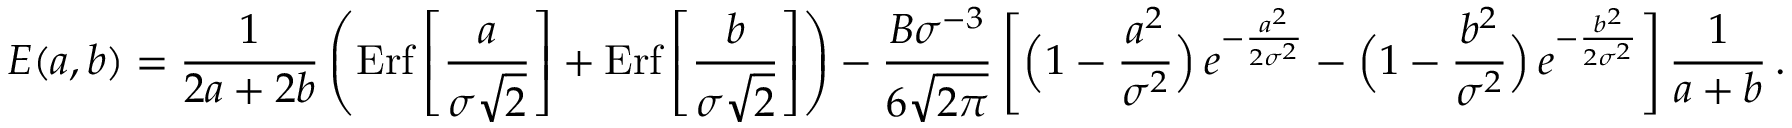
E ( a , b ) = { \frac { 1 } { 2 a + 2 b } } \left( \mathrm { E r f } \left[ { \frac { a } { \sigma \sqrt 2 } } \right] + \mathrm { E r f } \left[ { \frac { b } { \sigma \sqrt 2 } } \right] \right) - { \frac { B \sigma ^ { - 3 } } { 6 \sqrt { 2 \pi } } } \left[ \Big ( 1 - { \frac { a ^ { 2 } } { \sigma ^ { 2 } } } \Big ) \, e ^ { - { \frac { a ^ { 2 } } { 2 \sigma ^ { 2 } } } } - \Big ( 1 - { \frac { b ^ { 2 } } { \sigma ^ { 2 } } } \Big ) \, e ^ { - { \frac { b ^ { 2 } } { 2 \sigma ^ { 2 } } } } \right] { \frac { 1 } { a + b } } \, .